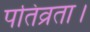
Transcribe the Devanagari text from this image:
पतिव्रता।